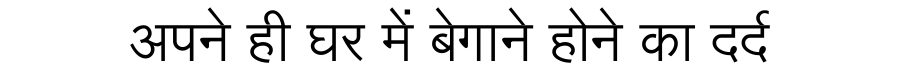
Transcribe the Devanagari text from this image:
अपने ही घर में बेगाने होने का दर्द